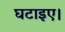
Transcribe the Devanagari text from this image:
घटाइए।